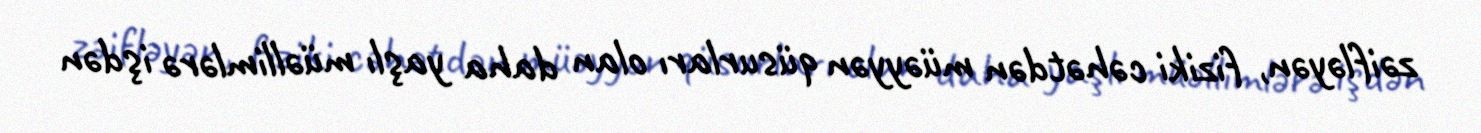
zəifləyən, fiziki cəhətdən müəyyən qüsurları olan daha yaşlı müəllimlərə işdən